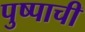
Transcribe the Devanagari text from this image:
पुष्पाची